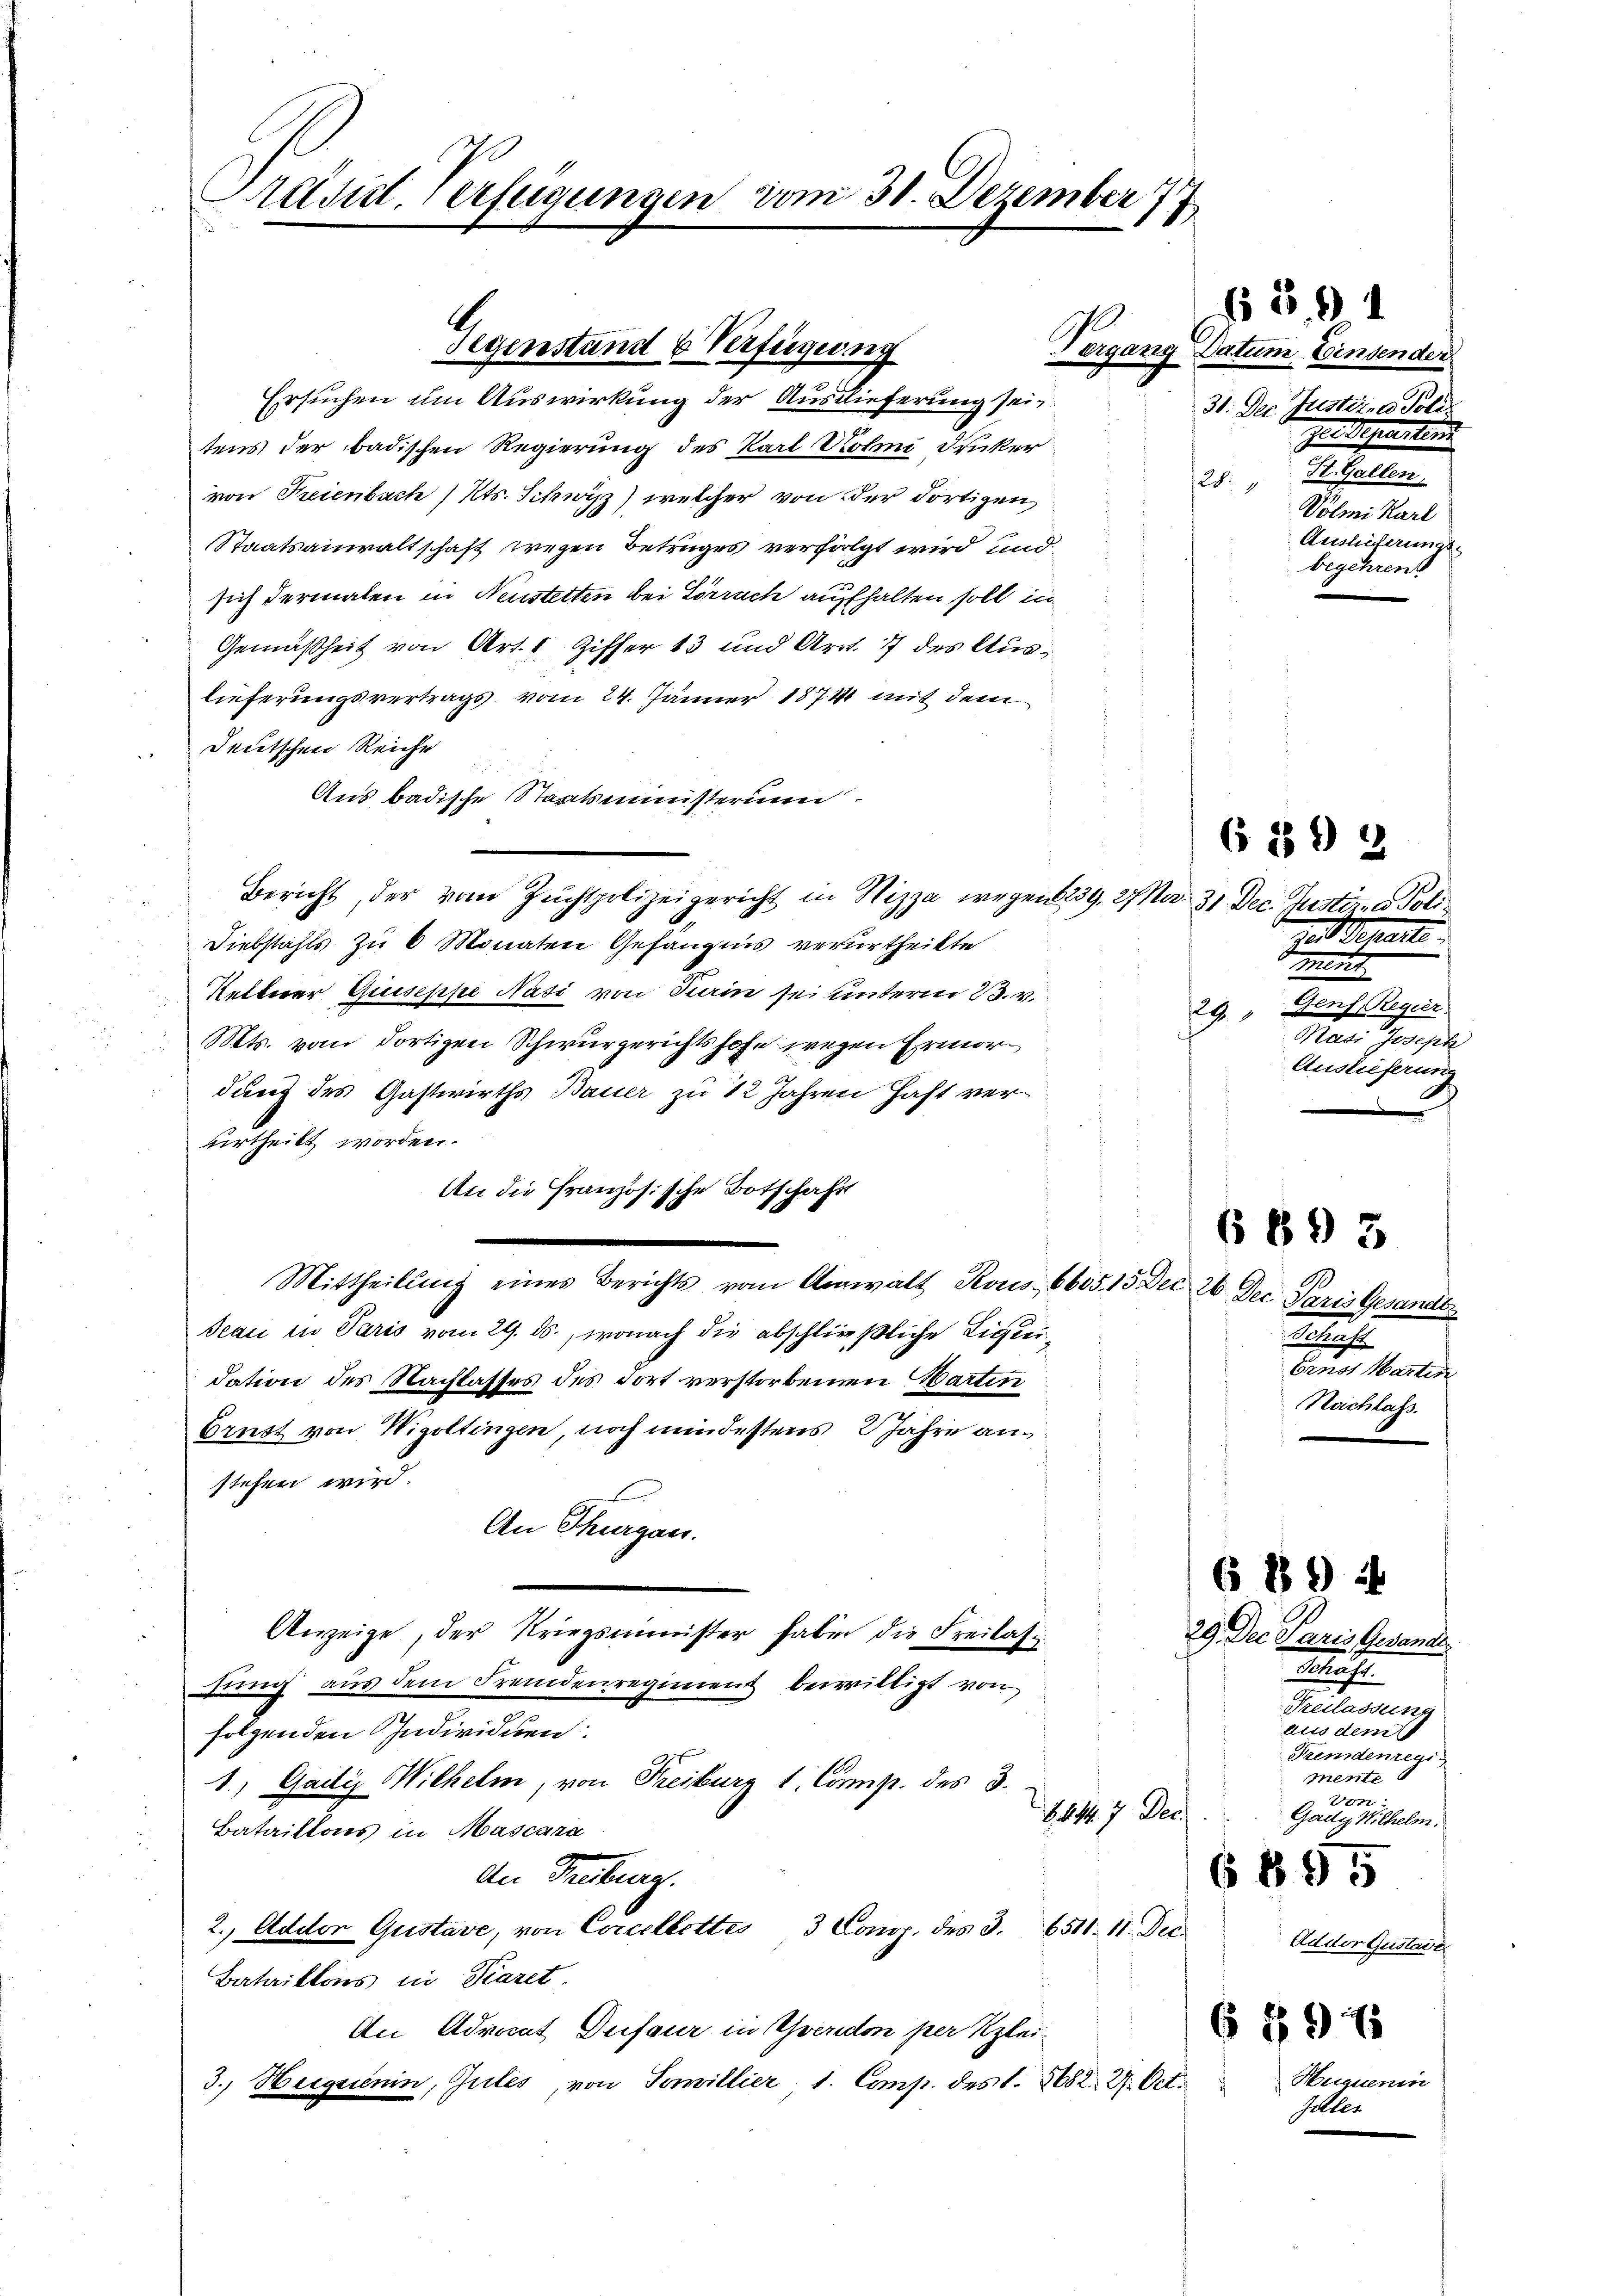
Präsid. Verfügungen vom 31. Dezember 177

A.
Pergan
Segenstand u Verfügung

Ersuchen um Auswirkung der Auslieferung sein
tens der badischen Regierung des Karl Rohen Drucker
von Freienbach / Kts. Schwyz) welcher von der dortigen
Staatsanwaltschaft wegen Betruges verfolgt wird und
sich dermalen in Neustetten bei Sörrach aufhalten soll in
Gemäßheit von Art. 1 Ziffer 13 und Art. 7 des Auslieferungsvertrags vom 24. Jänner 1874 mit dem
Deutschen Reiche
Aus badische Staatsministerium
Bericht, der vom Zuchtpolizeigericht in Nizza wegen § 239. Mad. 31 Dec. Justine Poli¬
Diebstahls zu 6 Monaten Gefängnis verurtheilte
Retterer Quiseppe Nati von Turin sei unterm 23. v.
Mts. vom dortigen Schwurgerichtshofe wegen Ermordung des Gastwirths Bauer zu 12 Jahren hast verurtheilt worden.
An die Französische Botschaft
Mittheilung eines Berichts vom Anwalt Rous 6605. 15 Dec. 26 Dec. Paris Gesandt
Jeau in Paris vom 29. ds., wonach die abschließliche Liquidation des Nachlasses des dort verstorbenen artin
Ernst von Wigoltingen, noch mindestens 2 Jahre an
stehen wird.
An Thurgau.
Anzeige, der Kriegsminister haben die Freilasi
fung aus dem Fremdenregiment bewilligt von
folgenden Individuen.
1. Gadiz Wilhelm, von Freiburg 1. Comp. des 3.
447. Der
Bataillons in Mascara
An Freibung.
2., Adder Gustave, von Concellettes 3 Canz. des 3.
6511. 11. Dec.
Batriktens in Fiaret.
An Advocat Deifaur in Yverdon per Klei¬
3.) Heigsienin, Guiles, von Sonvillier, 1. Comp. des S. 8682. 2. Oct.

ig Datum Einsender
31. Dec. Justiz, u. Poli
zer Seiten
St. Gallen,
12.
Volmi Karl
Auslieferungs
begehren

den Berate
n
Genf, Regier
1
Mai erste
Auslieferung

639 2

Schicht
Grust Marten
Nachlass.

6 893

§ 391

6 89 4
29. Der Paris Gesandt.
.
Peilassung
aus dem
Kremdenregi
mente
Von
Gady Wilhelm.

6 895

6 89

Adder Austrig

Hequenin
Galles